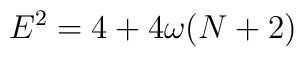
E^2 = 4 + 4\omega (N + 2)